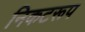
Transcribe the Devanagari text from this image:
निकटरूप